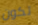
تكون